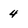
Character: 4